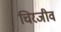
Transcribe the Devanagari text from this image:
चिरजीव